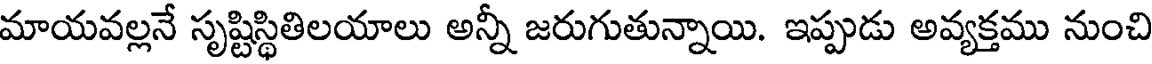
మాయవల్లనే సృష్టిస్థితిలయాలు అన్నీ జరుగుతున్నాయి. ఇప్పుడు అవ్యక్తము నుంచి